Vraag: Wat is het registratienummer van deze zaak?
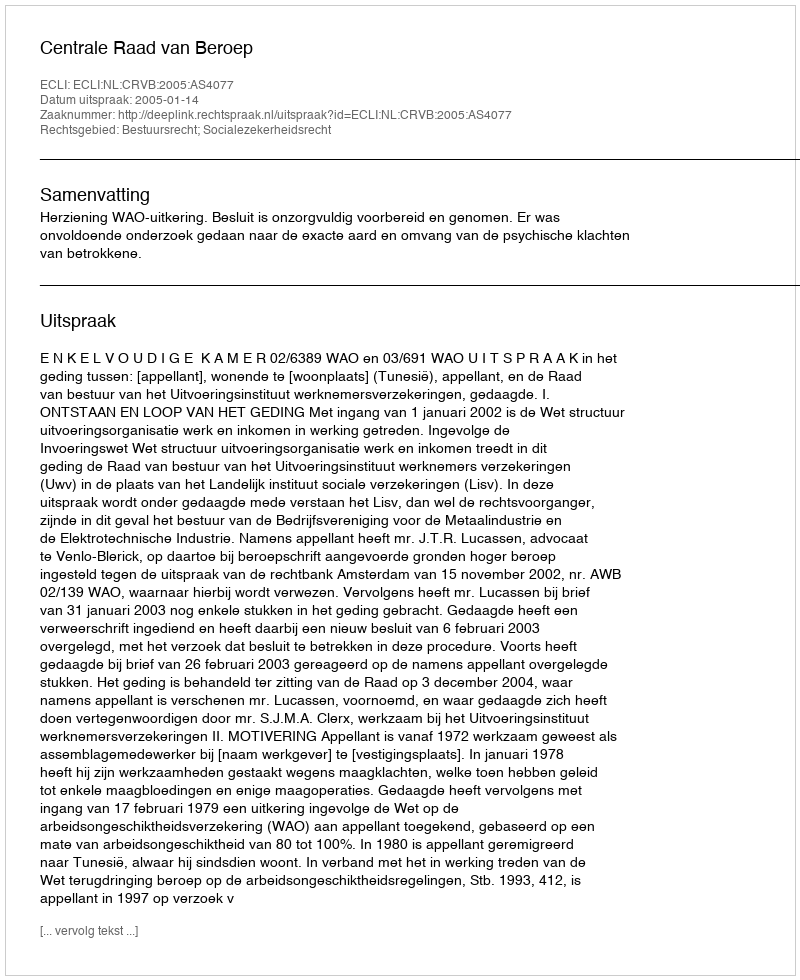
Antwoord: http://deeplink.rechtspraak.nl/uitspraak?id=ECLI:NL:CRVB:2005:AS4077